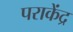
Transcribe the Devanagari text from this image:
पराकेंद्र